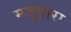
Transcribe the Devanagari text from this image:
मजूपारा